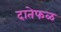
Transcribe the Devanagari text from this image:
दातेफळ